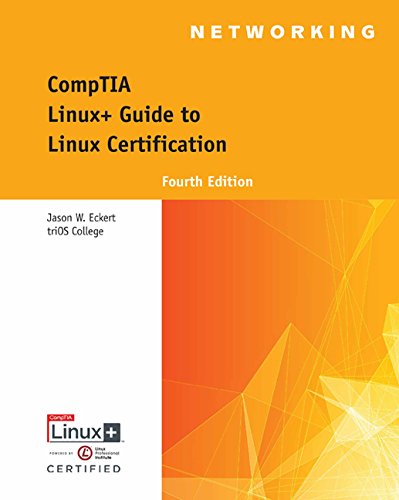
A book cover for Linux+ Guide to Linux Certification; Jason W. Eckert; Computers & Technology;